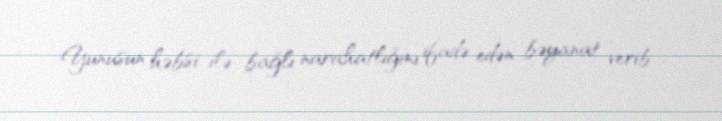
Yunusun həbsi ilə bağlı narahatlığını ifadə edən bəyanat verib.